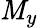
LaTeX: \mathit{M}_{y}